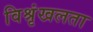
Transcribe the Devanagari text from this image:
विश्रृंखलता